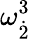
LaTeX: {{\omega}}_{\dot{2}}^{3}